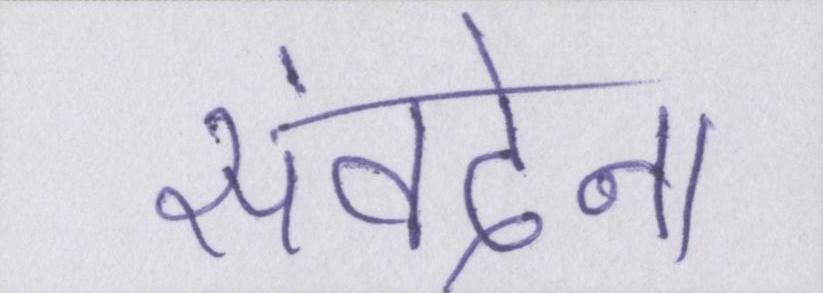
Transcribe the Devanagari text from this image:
संवदेना